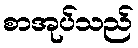
စာအုပ်သည်